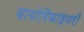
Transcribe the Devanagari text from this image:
बायोरिफाइनरी